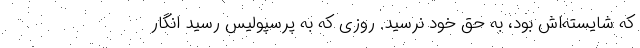
که شایسته‌اش بود، به حق خود نرسید. روزی که به پرسپولیس رسید انگار